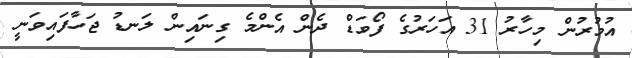
އުމުރުން މިހާރު 31 އަހަރުގެ ފޯވަޑް ދެން އެންމެ ގިނައިން ލަނޑު ޖަހާފައިވަނީ